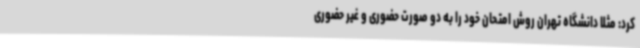
کرد: مثلا دانشگاه تهران روش امتحان خود را به دو صورت حضوری و غیر حضوری